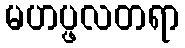
မဟပ္ဖလတရာ